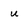
Character: u